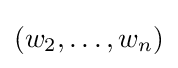
(w_{2},\dots ,w_{n})